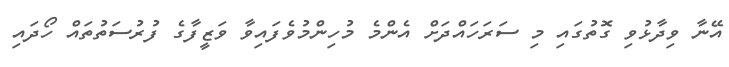
އޭނާ ވިދާޅުވި ގޮތުގައި މި ސަރަހައްދަށް އެންމެ މުހިންމުވެފައިވާ ވަޒީފާގެ ފުރުސަތުތައް ހޯދައި